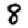
Digit: 8